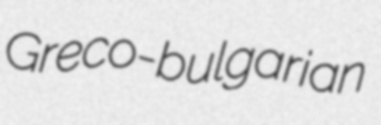
Greco-bulgarian